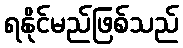
ရနိုင်မည်ဖြစ်သည်